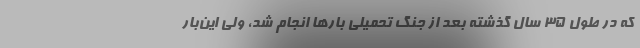
که در طول ۳۵ سال گذشته بعد از جنگ تحمیلی بار‌ها انجام شد، ولی این‌بار